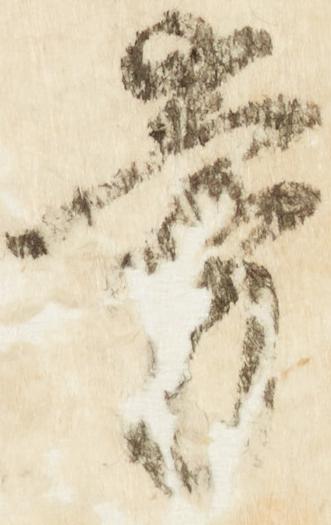
旁